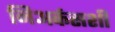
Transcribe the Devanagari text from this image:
निअर्कसशी